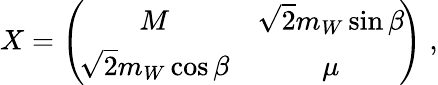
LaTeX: X=\left(\! \begin{array}{cc}{{M}}&{{\sqrt{2}m_{W}\sin\beta}}\\ {{\sqrt{2}m_{W}\cos\beta}}&{{\mu}}\end{array}\! \right)\; ,